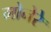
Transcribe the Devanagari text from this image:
मोनेरे